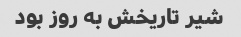
شیر تاریخش به روز بود